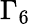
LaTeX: \Gamma_{6}